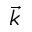
\vec { k }